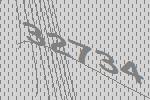
32734